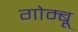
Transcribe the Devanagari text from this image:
गोम्बू